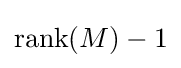
{\text{rank}}(M)-1